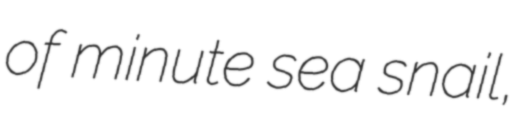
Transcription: of minute sea snail,